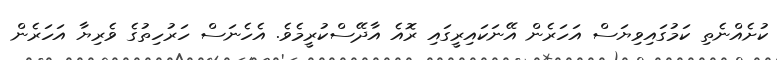
ކުށެއްނެތި ކަމުގައިވިޔަސް އަހަރެން އޭނަކައިރީގައި ރޮއެ އާދޭސްކުރީމެވެ. އެހެނަސް ހަރުހިތުގެ ވެރިޔާ އަހަރެން